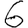
Digit: 6